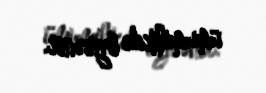
ümumilikdə öyrənir.